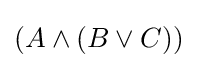
(A\land (B\lor C))